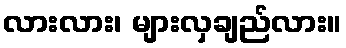
လားလား၊ များလှချည်လား။